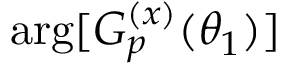
\arg [ G _ { p } ^ { ( x ) } ( \theta _ { 1 } ) ]